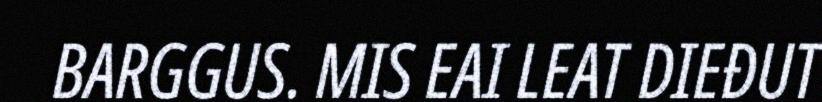
BARGGUS. MIS EAI LEAT DIEĐUT